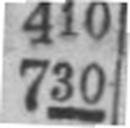
730